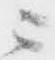
ニ